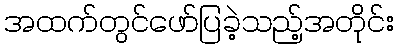
အထက်တွင်ဖော်ပြခဲ့သည့်အတိုင်း